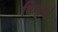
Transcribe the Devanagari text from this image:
किरणं